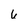
Character: 6